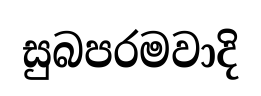
සුබපරමවාදි